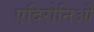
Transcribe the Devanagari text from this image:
एदिरोनिओ